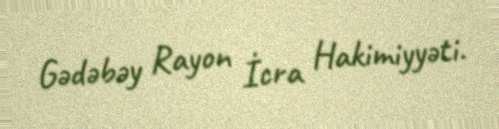
Gədəbəy Rayon İcra Hakimiyyəti.